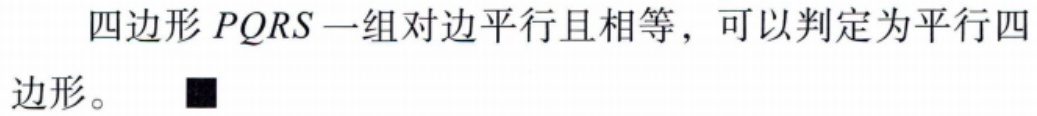
四边形\(PQRS\)一组对边平行且相等，可以判定为平行四边形。$\blacksquare$